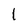
Character: 1